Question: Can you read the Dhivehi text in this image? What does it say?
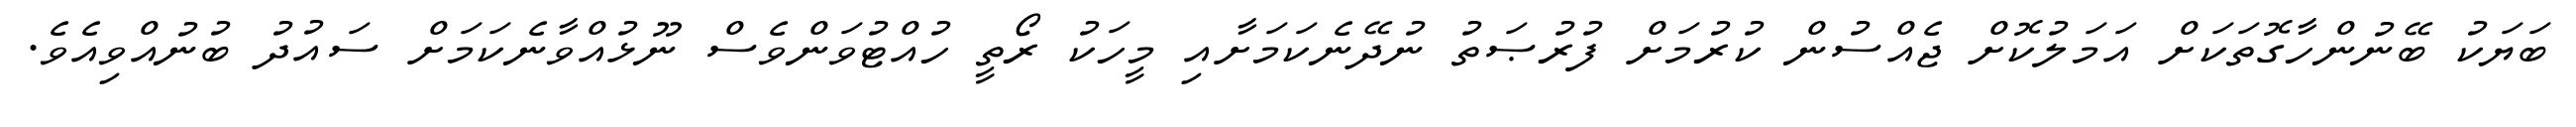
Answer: ބަޔަކު ބޭނުންހާގޮތަކަށް އަމަލުކޮށް ޖެއްސުން ކުރުމަށް ފުރުޞަތު ނުދޭނެކަމަށާއި މީހަކު ރޯތީ ހުއްޓުވަންވެސް ނޫޅުއްވާނެކަމަށް ސައުދު ބުނުއްވިއެވެ.